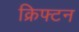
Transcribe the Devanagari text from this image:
क्रिफ्टन